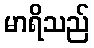
မာရိသည်